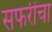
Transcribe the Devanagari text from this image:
सफरींचा